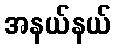
အနယ်နယ်